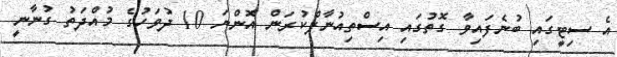
އެ ސިޓީގައި ބުނެފައިވާ ގޮތުގައި އިސްތިއުނާފްކުރަން އޮންނަ 10 ދުވަހުގެ މުއްދަތު ގުނާނީ